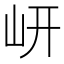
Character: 岍